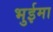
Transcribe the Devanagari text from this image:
भुईमा